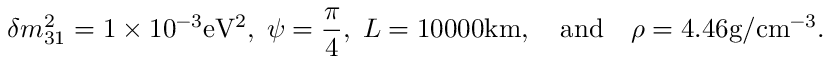
\delta m _ { 3 1 } ^ { 2 } = 1 \times 1 0 ^ { - 3 } \mathrm { e V ^ { 2 } } , \; \psi = \frac { \pi } { 4 } , \; L = 1 0 0 0 0 \mathrm { k m } , \quad \mathrm { a n d } \quad \rho = 4 . 4 6 \mathrm { g / c m ^ { - 3 } } .